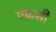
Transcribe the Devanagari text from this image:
एकसी